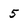
Character: 5